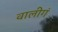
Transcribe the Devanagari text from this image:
वालीगं